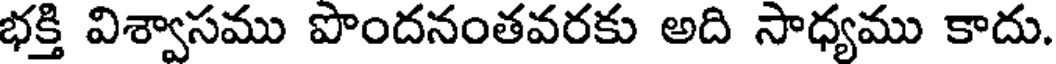
భక్తి విశ్వాసము పొందనంతవరకు అది సాధ్యము కాదు.